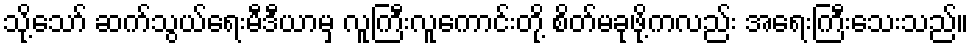
သို့သော် ဆက်သွယ်ရေးမီဒီယာမှ လူကြီးလူကောင်းတို့ စိတ်မခုဖို့ကလည်း အရေးကြီးသေးသည်။